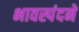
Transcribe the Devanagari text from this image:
भावस्पंदने